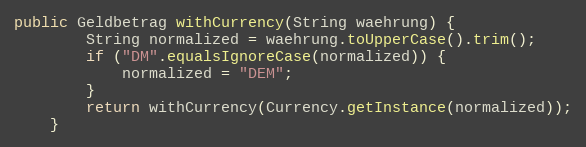
Language: Java
public Geldbetrag withCurrency(String waehrung) {
        String normalized = waehrung.toUpperCase().trim();
        if ("DM".equalsIgnoreCase(normalized)) {
            normalized = "DEM";
        }
        return withCurrency(Currency.getInstance(normalized));
    }